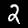
Digit: 2